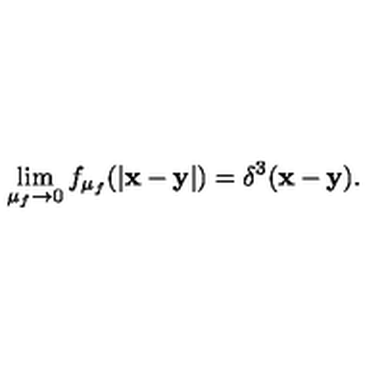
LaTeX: \lim _ { \mu _ { f } \to 0 } f _ { \mu _ { f } } ( | { \bf x - y } | ) = \delta ^ { 3 } ( { \bf x - y } ) .